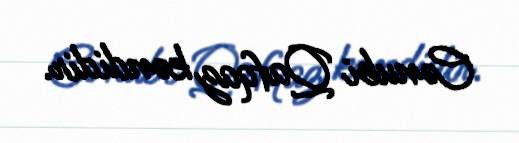
Cənubi Qafqaz kəndidir.